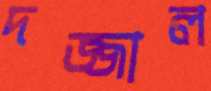
দজ্জাল